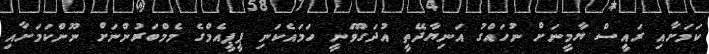
ކަމަށާއި ރައީސް ޔާމީނަށް ނުހައްގު އަނިޔާދޭތީ އުދަގޫވަނީ ހަމައެކަނި ޕީޕީއެމްގެ މެމްބަރުންނަށް ނޫންކަމަށާއި